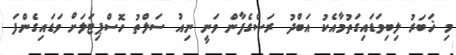
މި ޚަބަރު ލިބިވަޑައިގަތުމާއެކު އަބްދު ރަސްގެފާން ވަނީ ނިއު ސަލްތު ހޮސްޕިޓަލަށް ވަޑައިގެންފަ